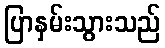
ပြာနှမ်းသွားသည်